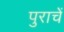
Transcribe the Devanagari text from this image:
पुराचें